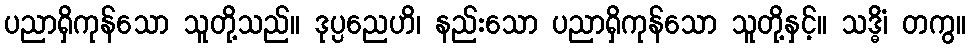
ပညာရှိကုန်သော သူတို့သည်။ ဒုပ္ပညေဟိ၊ နည်းသော ပညာရှိကုန်သော သူတို့နှင့်။ သဒ္ဓိံ၊ တကွ။